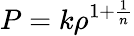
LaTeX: P=k\rho^{1+\frac{1}{n}}